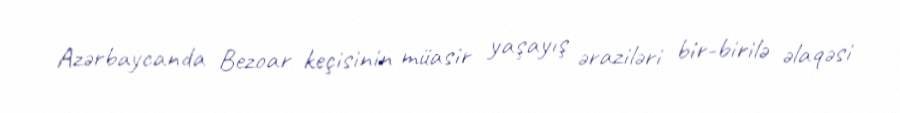
Azərbaycanda Bezoar keçisinin müasir yaşayış əraziləri bir-birilə əlaqəsi